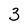
Character: 3